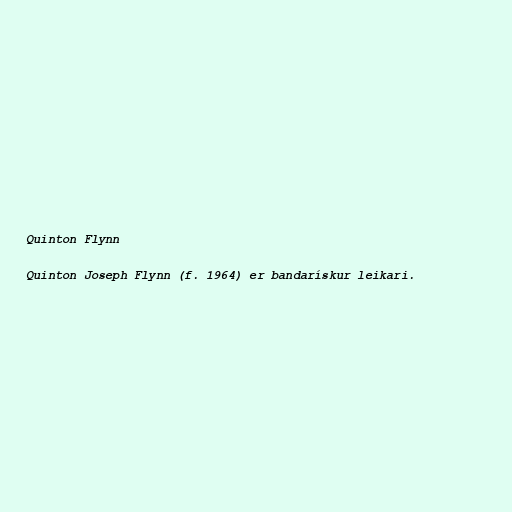
Quinton Flynn

Quinton Joseph Flynn (f. 1964) er bandarískur leikari.